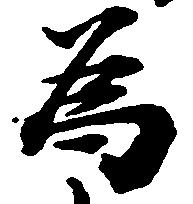
為